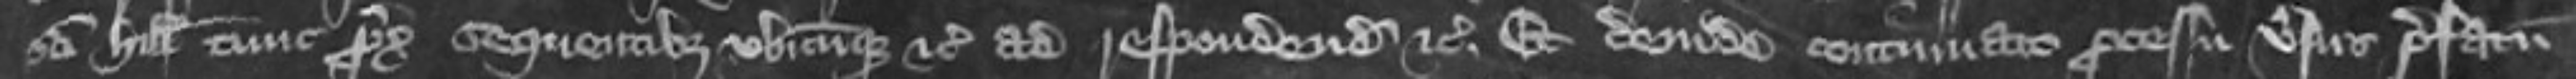
Sancti Hilarii tunc proximo sequentibus ubicumque etc ad respondendum etc et deinde continuato processu versus prefatum